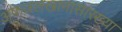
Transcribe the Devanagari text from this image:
अफजलखानासारख्या